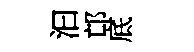
汩邙底